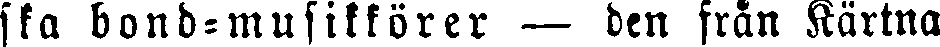
ska bond-musikkörer — den från Kärtna